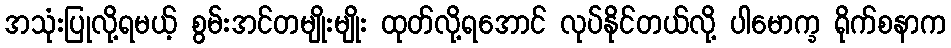
အသုံးပြုလို့ရမယ့် စွမ်းအင်တမျိုးမျိုး ထုတ်လို့ရအောင် လုပ်နိုင်တယ်လို့ ပါမောက္ခ ရိုက်စနာက